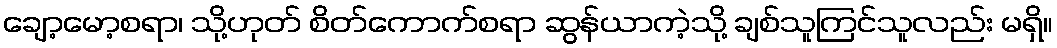
ချော့မော့စရာ၊ သို့ဟုတ် စိတ်ကောက်စရာ ဆွန်ယာကဲ့သို့ ချစ်သူကြင်သူလည်း မရှိ။